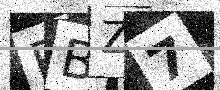
Text: RBZ7